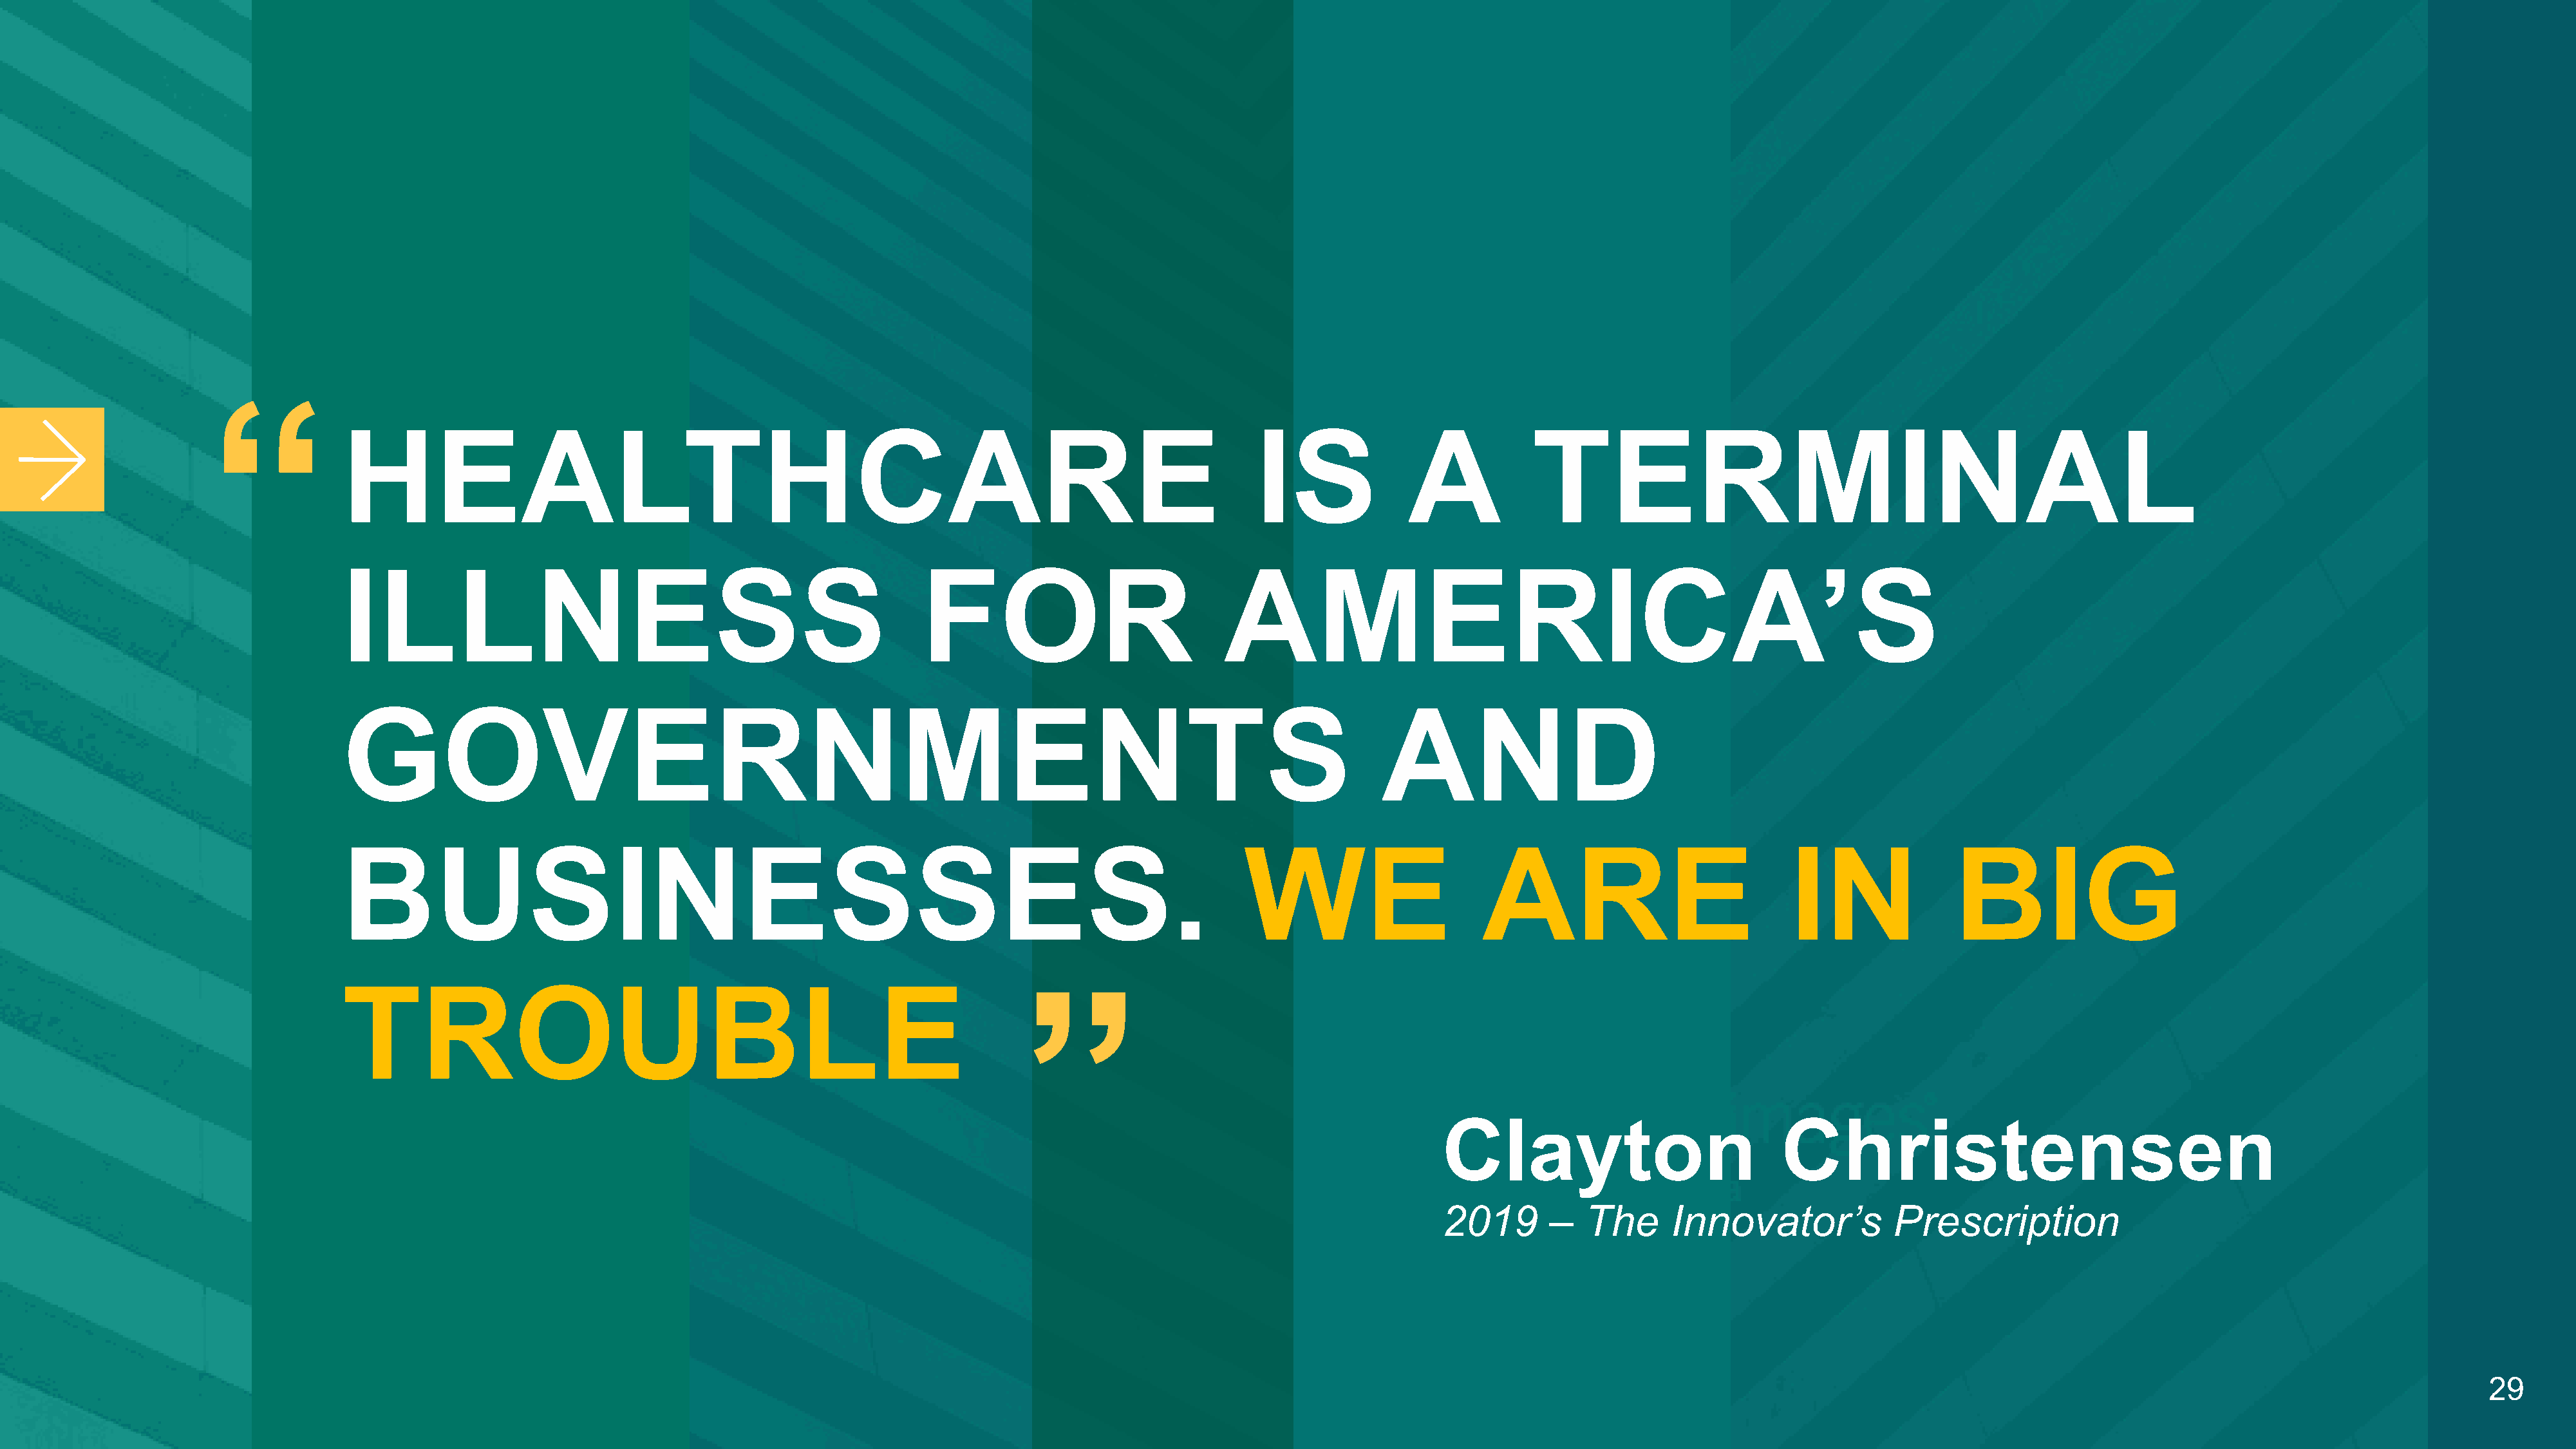
“
 HEALTHCARE                                                                                    IS              A            TERMINAL
 ILLNESS                                                     FOR                            AMERICA’S
 GOVERNMENTS                                                                                                AND
 BUSINESSES.                                                                                  WE                      ARE                             IN               BIG
 TROUBLE
 ”
 Clayton                            Christensen
 2019       –   The      Innovator’s            Prescription
 29